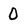
Character: 0